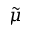
\tilde { \mu }